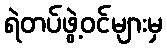
ရဲတပ်ဖွဲ့ဝင်များမှ